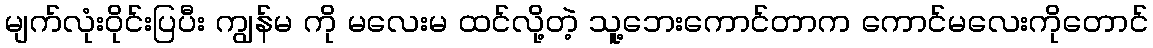
မျက်လုံးဝိုင်းပြပီး ကျွန်မ ကို မလေးမ ထင်လို့တဲ့ သူ့ဘေးကောင်တာက ကောင်မလေးကိုတောင်